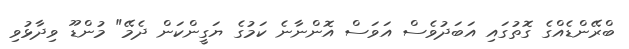
ބްރޭންޑެއްގެ ގޮތުގައި އަބަދުވެސް އަވަސް އޮންނާނެ ކަމުގެ ޔަގީންކަން ދެމޭ" މުންޑޫ ވިދާޅުވި